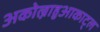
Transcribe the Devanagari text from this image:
अकोल्नाहुआकाट्ल